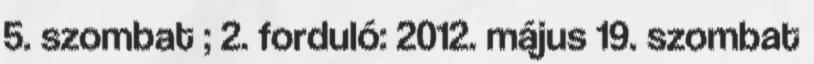
5. szombat ; 2. forduló: 2012. május 19. szombat